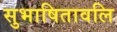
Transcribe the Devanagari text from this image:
सुभाषितावलि